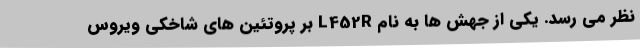
نظر می رسد. یکی از جهش ها به نام L452R بر پروتئین های شاخکی ویروس